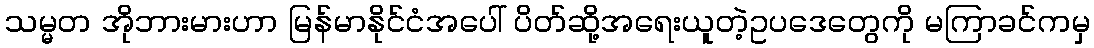
သမ္မတ အိုဘားမားဟာ မြန်မာနိုင်ငံအပေါ် ပိတ်ဆို့အရေးယူတဲ့ဥပဒေတွေကို မကြာခင်ကမှ